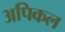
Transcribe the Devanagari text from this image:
अपिकल